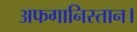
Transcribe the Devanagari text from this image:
अफगानिस्तान।